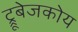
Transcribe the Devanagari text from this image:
ट्रूबेजकोय